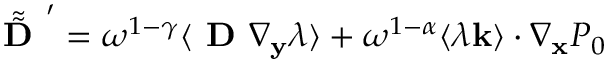
\tilde { \tilde { \textbf { D } } } ^ { \prime } = \omega ^ { 1 - \gamma } \langle \textbf { D } \nabla _ { \mathbf y } \lambda \rangle + \omega ^ { 1 - \alpha } \langle \lambda \mathbf k \rangle \cdot \nabla _ { \mathbf x } P _ { 0 }